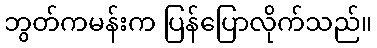
ဘွတ်ကမန်းက ပြန်ပြောလိုက်သည်။